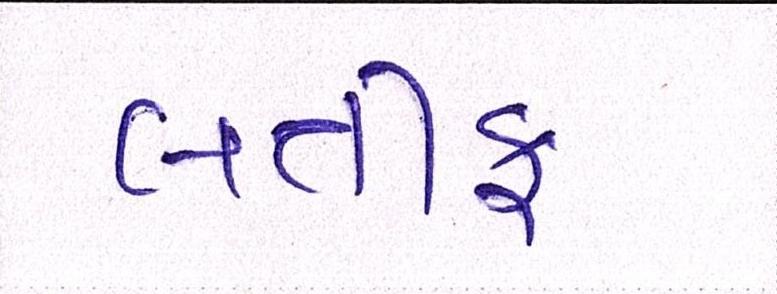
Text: લતીફ